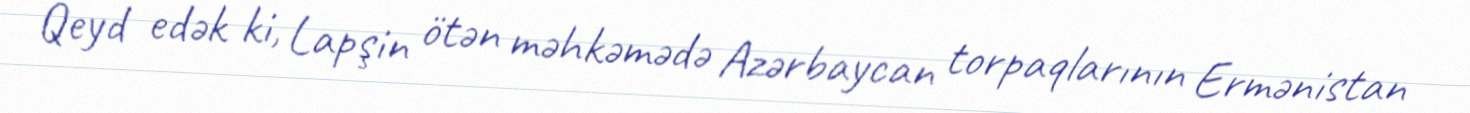
Qeyd edək ki, Lapşin ötən məhkəmədə Azərbaycan torpaqlarının Ermənistan